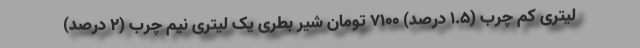
لیتری کم چرب (1.5 درصد) 7100 تومان شیر بطری یک لیتری نیم چرب (2 درصد)